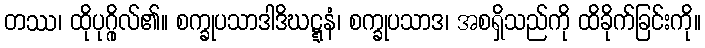
တဿ၊ ထိုပုဂ္ဂိုလ်၏။ စက္ခုပသာဒါဒိဃဋ္ဋနံ၊ စက္ခုပသာဒ၊ အစရှိသည်ကို ထိခိုက်ခြင်းကို။